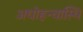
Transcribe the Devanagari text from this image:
अधोहन्वास्थि